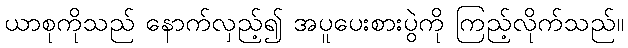
ယာစုကိုသည် နောက်လှည့်၍ အပူပေးစားပွဲကို ကြည့်လိုက်သည်။